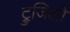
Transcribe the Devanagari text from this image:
ट्रुजिलो